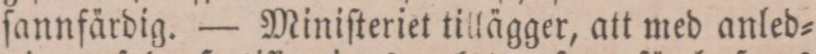
ſannfärdig. — Miniſteriet tillägger, att med anled=